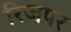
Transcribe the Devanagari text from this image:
रिजपर